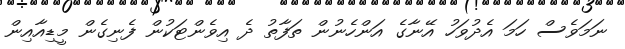
ނަމަވެސް ހަމަ އެދުވަހު އޭނާގެ އަންހެނުން ތަފާތު ދެ އިވެންޓަކުން ފެނިގެން މީޑިއާއިން